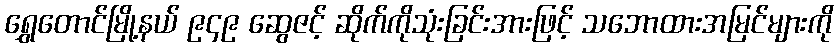
ရွှေတောင်မြို့နယ် ၉၄၉ ဆွေဇင့် ဆိုက်ကိုသုံးခြင်းအားဖြင့် သဘောထားအမြင်များကို